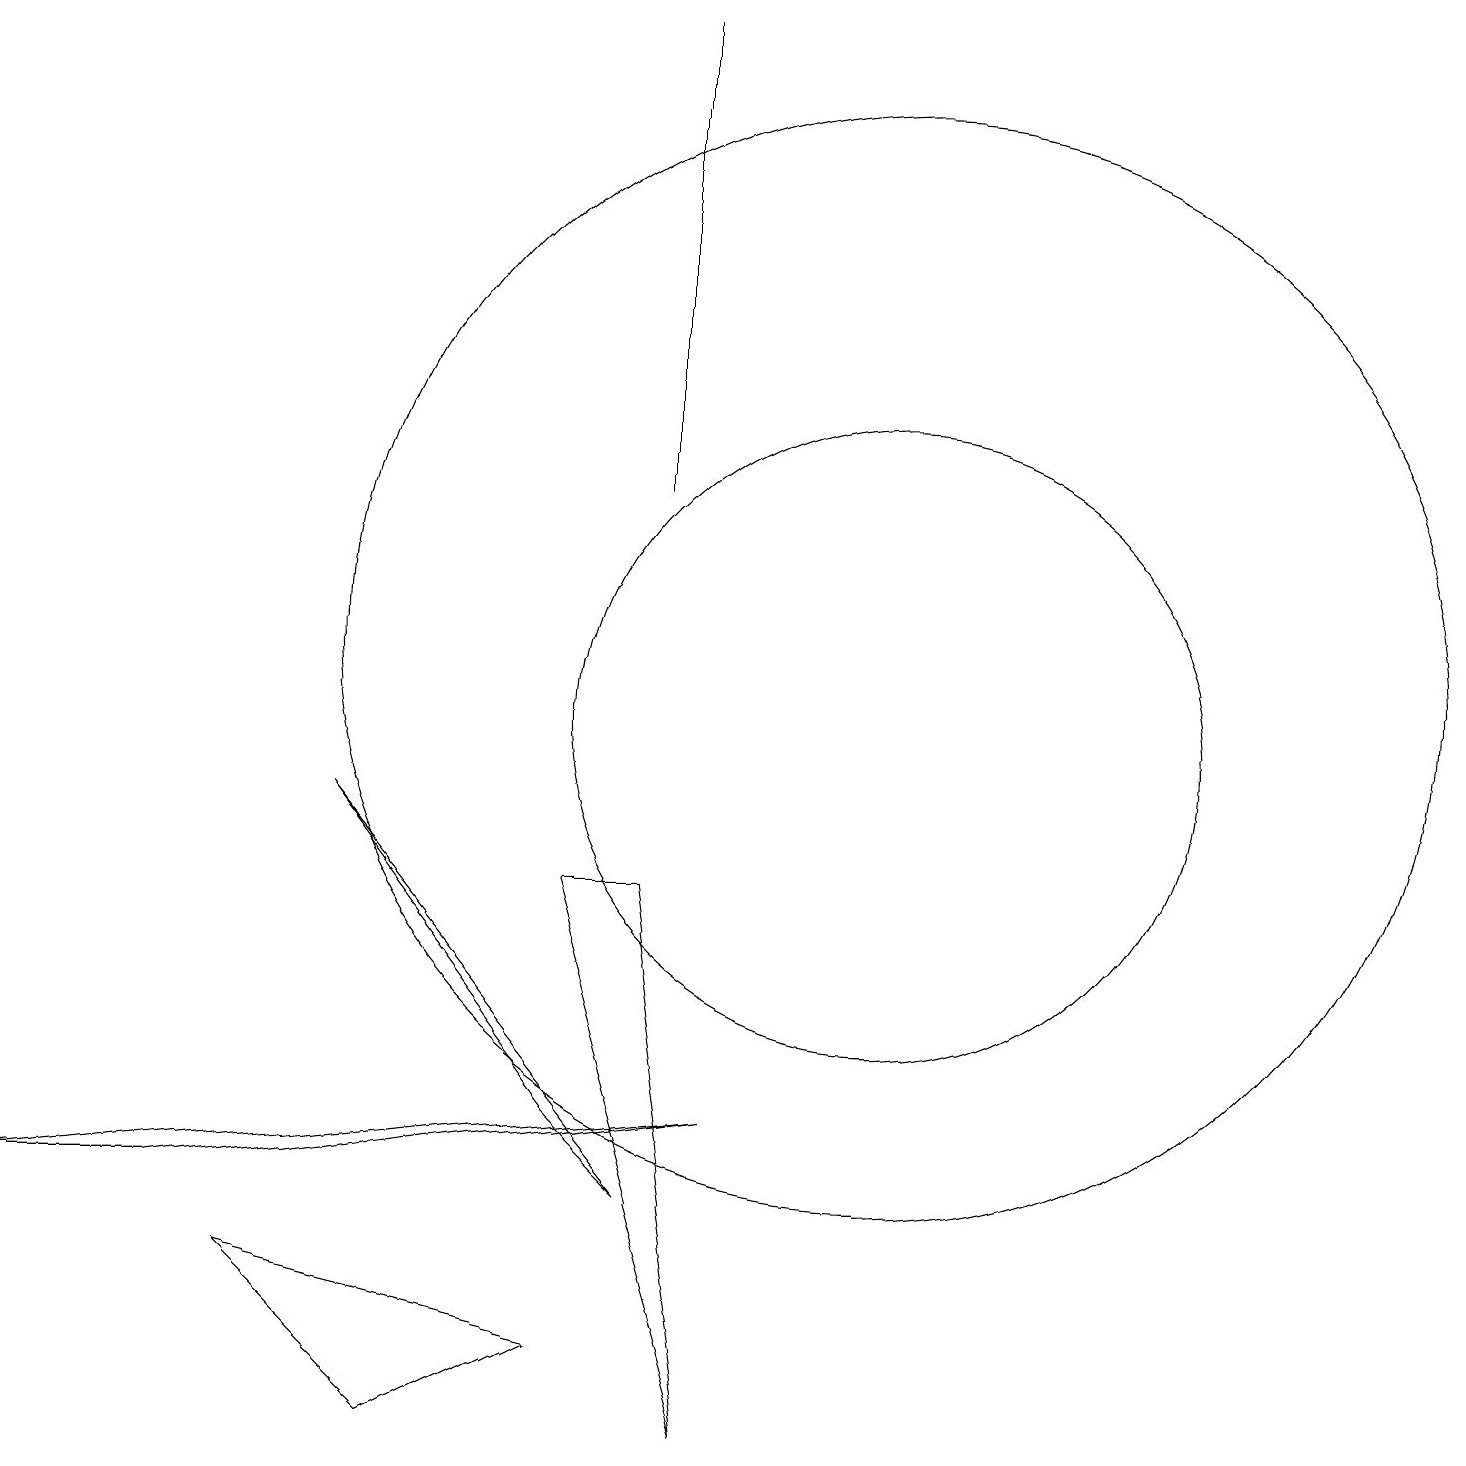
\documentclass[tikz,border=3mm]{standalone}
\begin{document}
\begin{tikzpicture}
\draw (8,19) rectangle (8,13);
\draw (11,11) circle (7);
\draw (5,1) -- (3,3) -- (7,2) -- cycle;
\draw (9,5) -- (0,4) -- (2,4) -- cycle;
\draw (8,4) -- (4,9) -- (7,5) -- cycle;
\draw (11,10) circle (4);
\draw (9,1) -- (7,8) -- (8,8) -- cycle;
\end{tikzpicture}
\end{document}